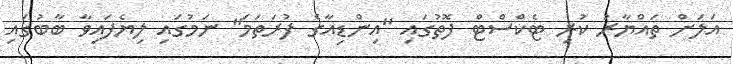
އަލަށް ތައްޔާރު ކުރި ޓެކްސްޓް ފޮތުގައި "އިންޑިއާގެ ފުރަތަމަ" ނަމުގައި ލިޔެފައިވާ ބާބުގައި